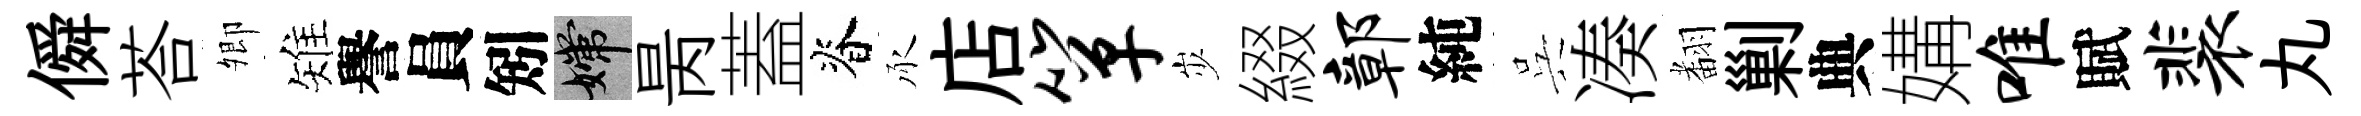
僢荅𡖖雉譽員矧嫦昺蓋脊承店箪𡵯綴鄣純呉凑𮋒剿典媾唯賦裴丸